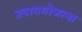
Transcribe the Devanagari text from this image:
उपाययोजाना